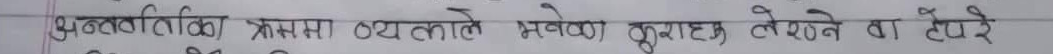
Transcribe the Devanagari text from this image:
भूतत्विक त्रास व्यहोरेका भवेका कुराहरु लेख्ने वा हेरे